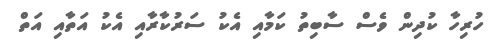
ހުރިހާ ކުދިން ވެސް ސާބިތު ކަމާއި އެކު ސަރުކާރާއި އެކު އަތާއި އަތް